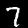
Digit: 7